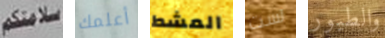
سلامتكم أعلمك المشط لست والطيور